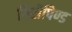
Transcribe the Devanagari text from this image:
गिरीपिण्ड